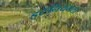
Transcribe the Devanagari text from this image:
इटॅनियमला